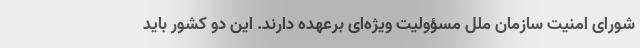
شورای امنیت سازمان ملل مسؤولیت ویژه‌ای برعهده دارند. این دو کشور باید